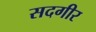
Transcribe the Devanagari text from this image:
सदगीर